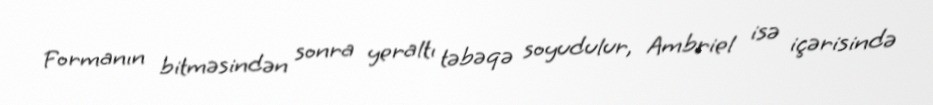
Formanın bitməsindən sonra yeraltı təbəqə soyudulur, Ambriel isə içərisində